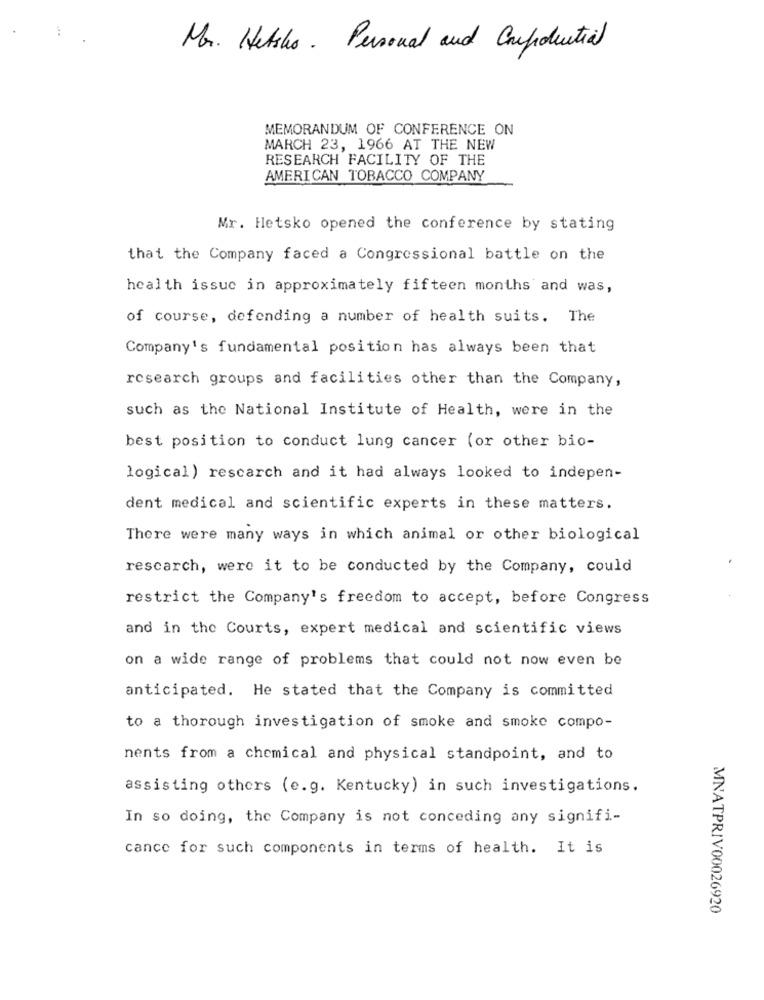
Mr. Hetsho . Personal and Cupotential
MEMORANDUM OF CONFERENCE ON
MARCH 23, 1966 AT THE NEW
RESEARCH FACILITY OF THE
AMERICAN TOBACCO COMPANY
Mr. Hetsko opened the conference by stating
that the Company faced a Congressional battle on the
health issue in approximately fifteen months and was,
of course, defending a number of health suits. The
Company's fundamental position has always been that
research groups and facilities other than the Company,
such as the National Institute of Health, were in the
best position to conduct lung cancer (or other bio-
logical) rescarch and it had always looked to indepen-
dent medical and scientific experts in these matters.
There were many ways in which animal or other biological
rescarch, were it to be conducted by the Company, could
restrict the Company's freedom to accept, before Congress
and in the Courts, expert medical and scientific views
on a wide range of problems that could not now even be
anticipated. He stated that the Company is committed
to a thorough investigation of smoke and smoke compo-
nents from a chemical and physical standpoint, and to
assisting others (e.g. Kentucky) in such investigations.
In so doing, the Company is not conceding any signifi-
cance for such components in terms of health. It is
MNATPRIV00026920